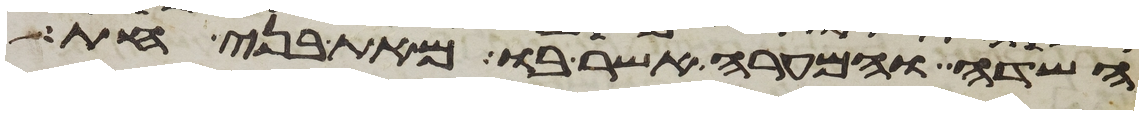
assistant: השדה והמערה אשר בו מאת בני חת